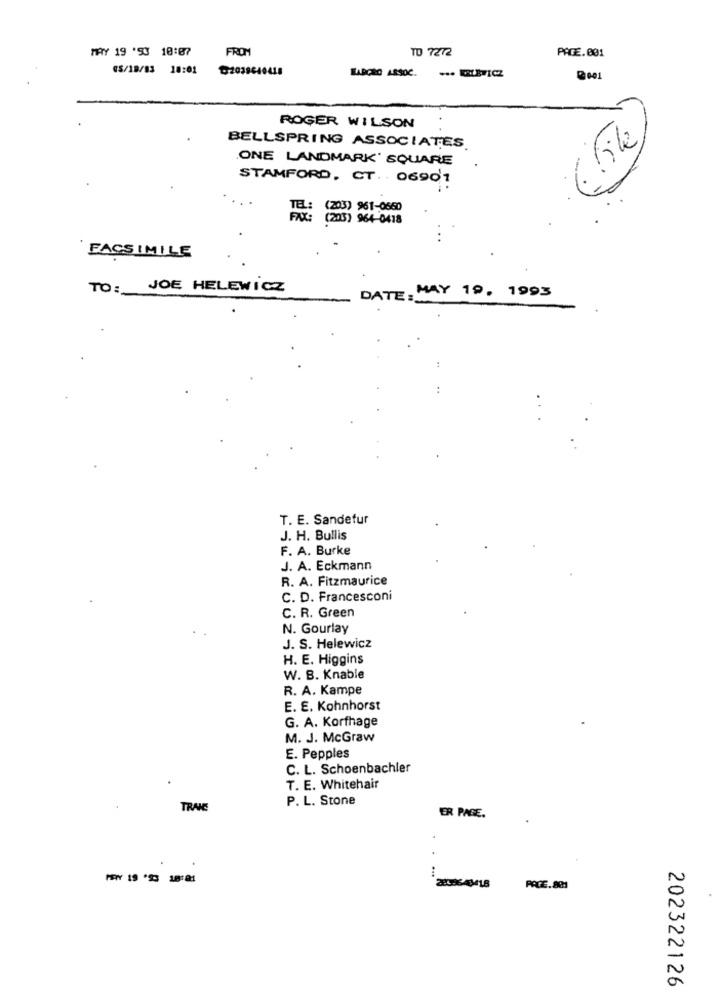
MAY 19 '53 18:87
FROM
TO 7272
PAGE.001
GS/18/83 18:01
92038640418
EARGRO ASSOC. ... ELETICZ
001
ROGER WILSON
6ike
BELLSPRING ASSOCIATES
ONE LANDMARK' SQUARE
STAMFORD, CT .. 06901
TEL: (203) 961-0550
FAX: (205) 964-0418
FACSIMILE
TO: JOE HELEWICZ
DATE: MAY 19, 1993
:
..
T. E. Sandefur
J. H. Bullis
F. A. Burke
J. A. Eckmann
R. A. Fitzmaurice
C. D. Francesconi
C. R. Green
N. Gourlay
J. S. Helewicz
H. E. Higgins
W. B. Knable
R. A. Kampe
E. E. Kohnhorst
G. A. Korfhage
M. J. McGraw
E. Pepples
C. L. Schoenbachler
T. E. Whitehair
P. L. Stone
TRANS
ER PAGE.
PAGE.801
202322126